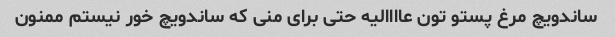
ساندویچ مرغ پستو تون عاااالیه حتى براى منى که ساندویچ خور نیستم ممنون